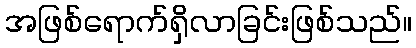
အဖြစ်ရောက်ရှိလာခြင်းဖြစ်သည်။